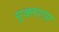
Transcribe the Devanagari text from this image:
मुक्तराम